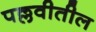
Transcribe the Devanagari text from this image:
पल्लवीतील